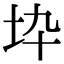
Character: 𡉻